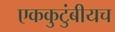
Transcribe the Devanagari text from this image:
एककुटुंबीयच